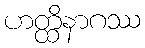
ဟတ္ထိနာဂဿ